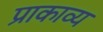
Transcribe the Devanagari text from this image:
प्राकाव्य